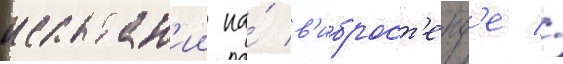
испытан'ии на́ в'иброст'енд'е //